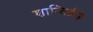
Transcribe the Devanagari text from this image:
शान्तिर्ब्रह्म